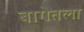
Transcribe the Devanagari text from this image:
बागेतला